Document type: Emphyteutic lease
Year: 1473
Scribe: [Unknown]
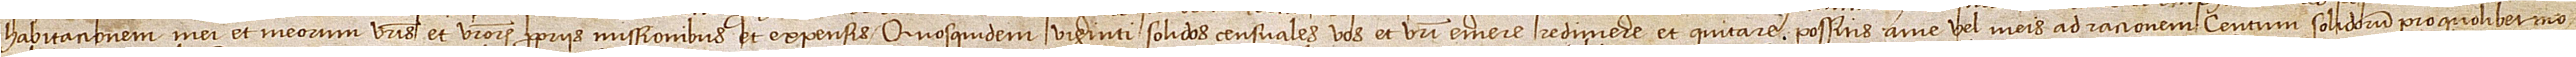
habitacionem mei et meorum vestris et vestrorum propriis missionibus et expensis. Quosquidem viginti solidos censuales vos et vestri emere, redimere et quitare possitis a me vel meis ad racionem centum solidorum pro quolibet mo-